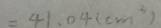
= 4 1 . 0 4 ( c m ^ { 3 } )